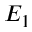
E _ { 1 }